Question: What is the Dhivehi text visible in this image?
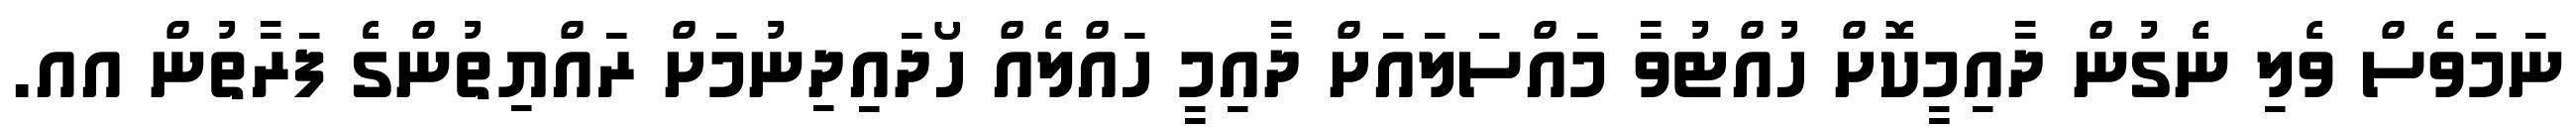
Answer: ނަމަވެސް ވެލި ނެގުން ދާއިމީކޮށް ހުއްޓުވާ މައްސަލައަށް ދާއިމީ ހައްލެއް ހޯދައިދިނުމަށް ރައްޔިތުންގެ ފަރާތުން އއ.